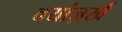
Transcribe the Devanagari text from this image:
बयांज़र्ख